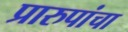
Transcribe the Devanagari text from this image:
प्रारुपांचा